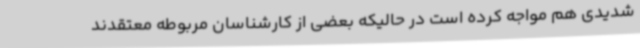
شدیدی هم مواجه کرده است در حالیکه بعضی از کارشناسان مربوطه معتقدند